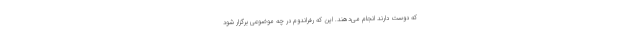
که دوست دارند انجام می‌دهند. این که رفراندوم در چه موضوعی برگزار شود